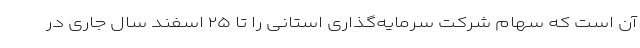
آن است که سهام شرکت سرمایه‌گذاری استانی را تا ۲۵ اسفند سال جاری در